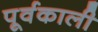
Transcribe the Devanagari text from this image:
पूर्वकाली